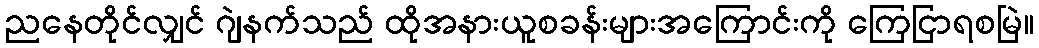
ညနေတိုင်လျှင် ဂျဲနက်သည် ထိုအနားယူစခန်းများအကြောင်းကို ကြေငြာရစမြဲ။